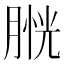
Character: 𦞔